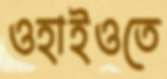
ওহাইওতে